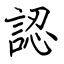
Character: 認